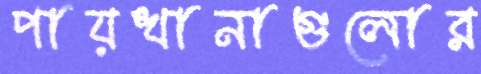
পায়খানাগুলোর